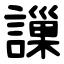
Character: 䜈